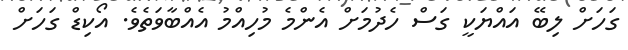
ގަހަށް ލިބޭ އައްޔަކީ ގަސް ހެދުމަށް އެންމެ މުހިއްމު އެއްބާވަތެވެ. އޯކިޑް ގަހަށް